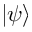
| \psi \rangle